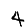
Digit: 4